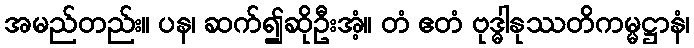
အမည်တည်း။ ပန၊ ဆက်၍ဆိုဦးအံ့။ တံ ဧတံ ဗုဒ္ဓါနုဿတိကမ္မဋ္ဌာနံ၊